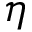
\eta